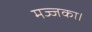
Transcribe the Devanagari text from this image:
मज्जका।